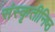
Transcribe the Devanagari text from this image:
संस्कृतीनिष्ठ